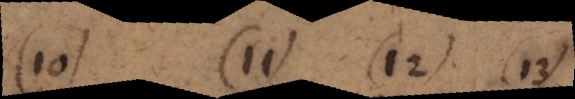
(10) (11) (12) (13)